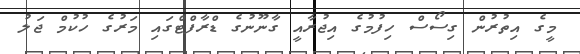
މީގެ އިތުރުން ގިސޯސް ހިފުމުގެ އިޖުރާއީ ގާނޫނުގެ ޑްރާފްޓްގައި މަރުގެ ހުކުމް ޖަލު